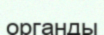
органды